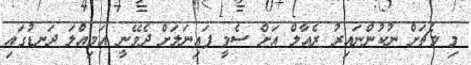
މި މެޗަށް ނުކުންނައިރު ރެއާލް އަށް ސެމީ ފައިނަލަށް ދެވޭނީ އަމިއްލަ ދަނޑުގައި